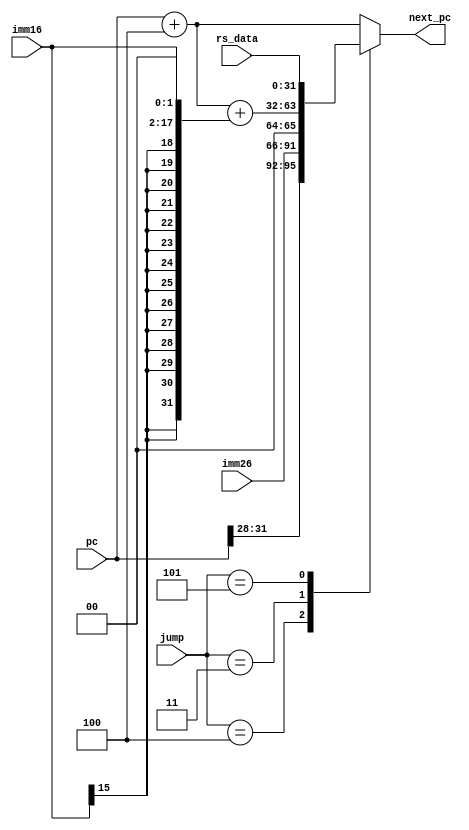
`timescale 1ns / 1ps
////////////////////////////////////////////////////////////////////////////////// 
// Module Name: BrUnit
//////////////////////////////////////////////////////////////////////////////////


module BrUnit(
    input wire[2:0] jump,

    input wire[31:0] pc,
    input wire[15:0] imm16,
    input wire[25:0] imm26,
    input wire[31:0] rs_data,

    output reg[31:0] next_pc
    );


    always @(*) begin
        case(jump)
            3'b001: // normal next 
                next_pc <= pc + 32'h4;
            3'b010: // beq, but not equal or bne, but equal
                next_pc <= pc + 32'h4;
            3'b100: // jump
                next_pc <= {pc[31:28], imm26, 2'b00};
            3'b011: // beq and equal or bne and not equal
                next_pc <= {(pc + 32'h4) + {{14{imm16[15]}}, {imm16, 2'b00}}};
            3'b101:
                next_pc <= rs_data;
            default:
                next_pc <= pc + 32'h4;
        endcase
    end
endmodule